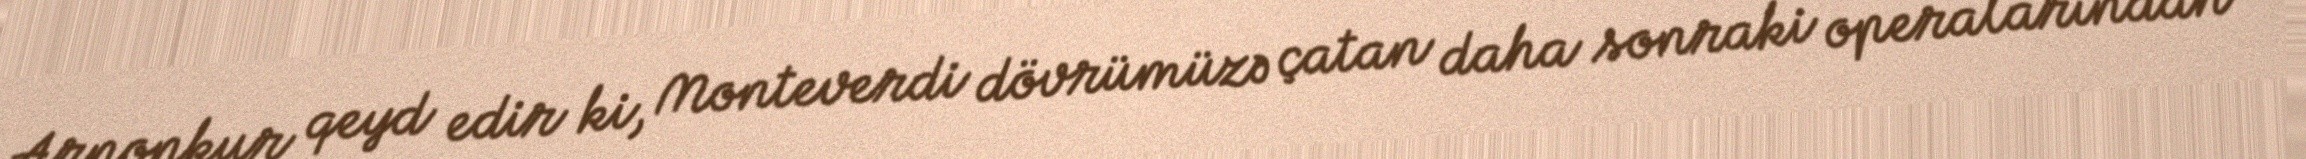
Arnonkur qeyd edir ki, Monteverdi dövrümüzə çatan daha sonraki operalarından